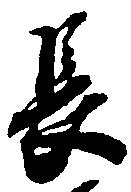
長